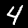
Digit: 4